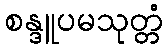
စန္ဒူပမသုတ္တံ